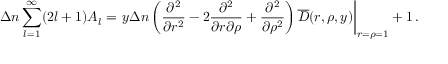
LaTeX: \Delta n \sum _ { l = 1 } ^ { \infty } ( 2 l + 1 ) A _ { l } = \left. y \Delta n \left( \frac { \partial ^ { 2 } } { \partial r ^ { 2 } } - 2 \frac { \partial ^ { 2 } } { \partial r \partial \rho } + \frac { \partial ^ { 2 } } { \partial \rho ^ { 2 } } \right) \overline { { { \cal D } } } ( r , \rho , y ) \right| _ { r = \rho = 1 } + 1 \, { . }